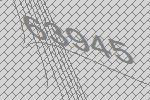
63945